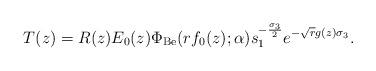
LaTeX: \begin{align*}T(z) = R(z)E_{0}(z)\Phi_{\mathrm{Be}}(rf_{0}(z);\alpha)s_{1}^{-\frac{\sigma_{3}}{2}}e^{-\sqrt{r}g(z)\sigma_{3}}.\end{align*}